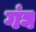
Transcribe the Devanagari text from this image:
गंघ